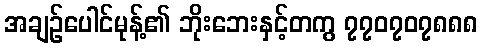
အချဉ်ပေါင်မုန့်၏ ဘိုးဘေးနှင့်တကွ ၇၇၀၇၀၇၈၈၈